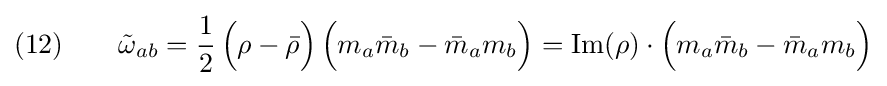
(12)\qquad {\tilde {\omega }}_{ab}={\frac {1}{2}}\,{\Big (}\rho -{\bar {\rho }}{\Big )}\,{\Big (}m_{a}{\bar {m}}_{b}-{\bar {m}}_{a}m_{b}{\Big )}={\text{Im}}(\rho )\cdot {\Big (}m_{a}{\bar {m}}_{b}-{\bar {m}}_{a}m_{b}{\Big )}